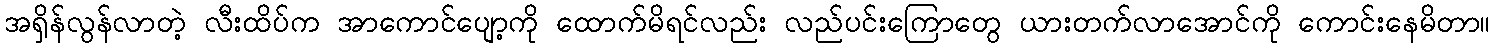
အရှိန်လွန်လာတဲ့ လီးထိပ်က အာကောင်ပျော့ကို ထောက်မိရင်လည်း လည်ပင်းကြောတွေ ယားတက်လာအောင်ကို ကောင်းနေမိတာ။